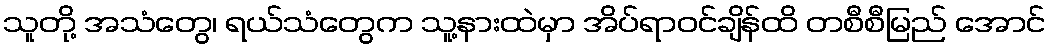
သူတို့ အသံတွေ၊ ရယ်သံတွေက သူ့နားထဲမှာ အိပ်ရာဝင်ချိန်ထိ တစီစီမြည် အောင်